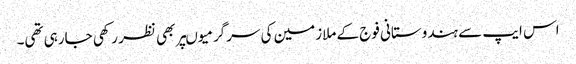
اس ایپ سے ہندوستانی فوج کے ملازمین کی سرگرمیوںپر بھی نظر رکھی جارہی تھی۔